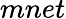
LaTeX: mnet